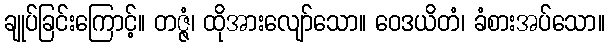
ချုပ်ခြင်းကြောင့်။ တဇ္ဇံ၊ ထိုအားလျော်သော။ ဝေဒယိတံ၊ ခံစားအပ်သော။